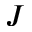
J